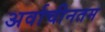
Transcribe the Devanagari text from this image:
अर्वाचीनतम